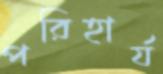
পরিহার্য